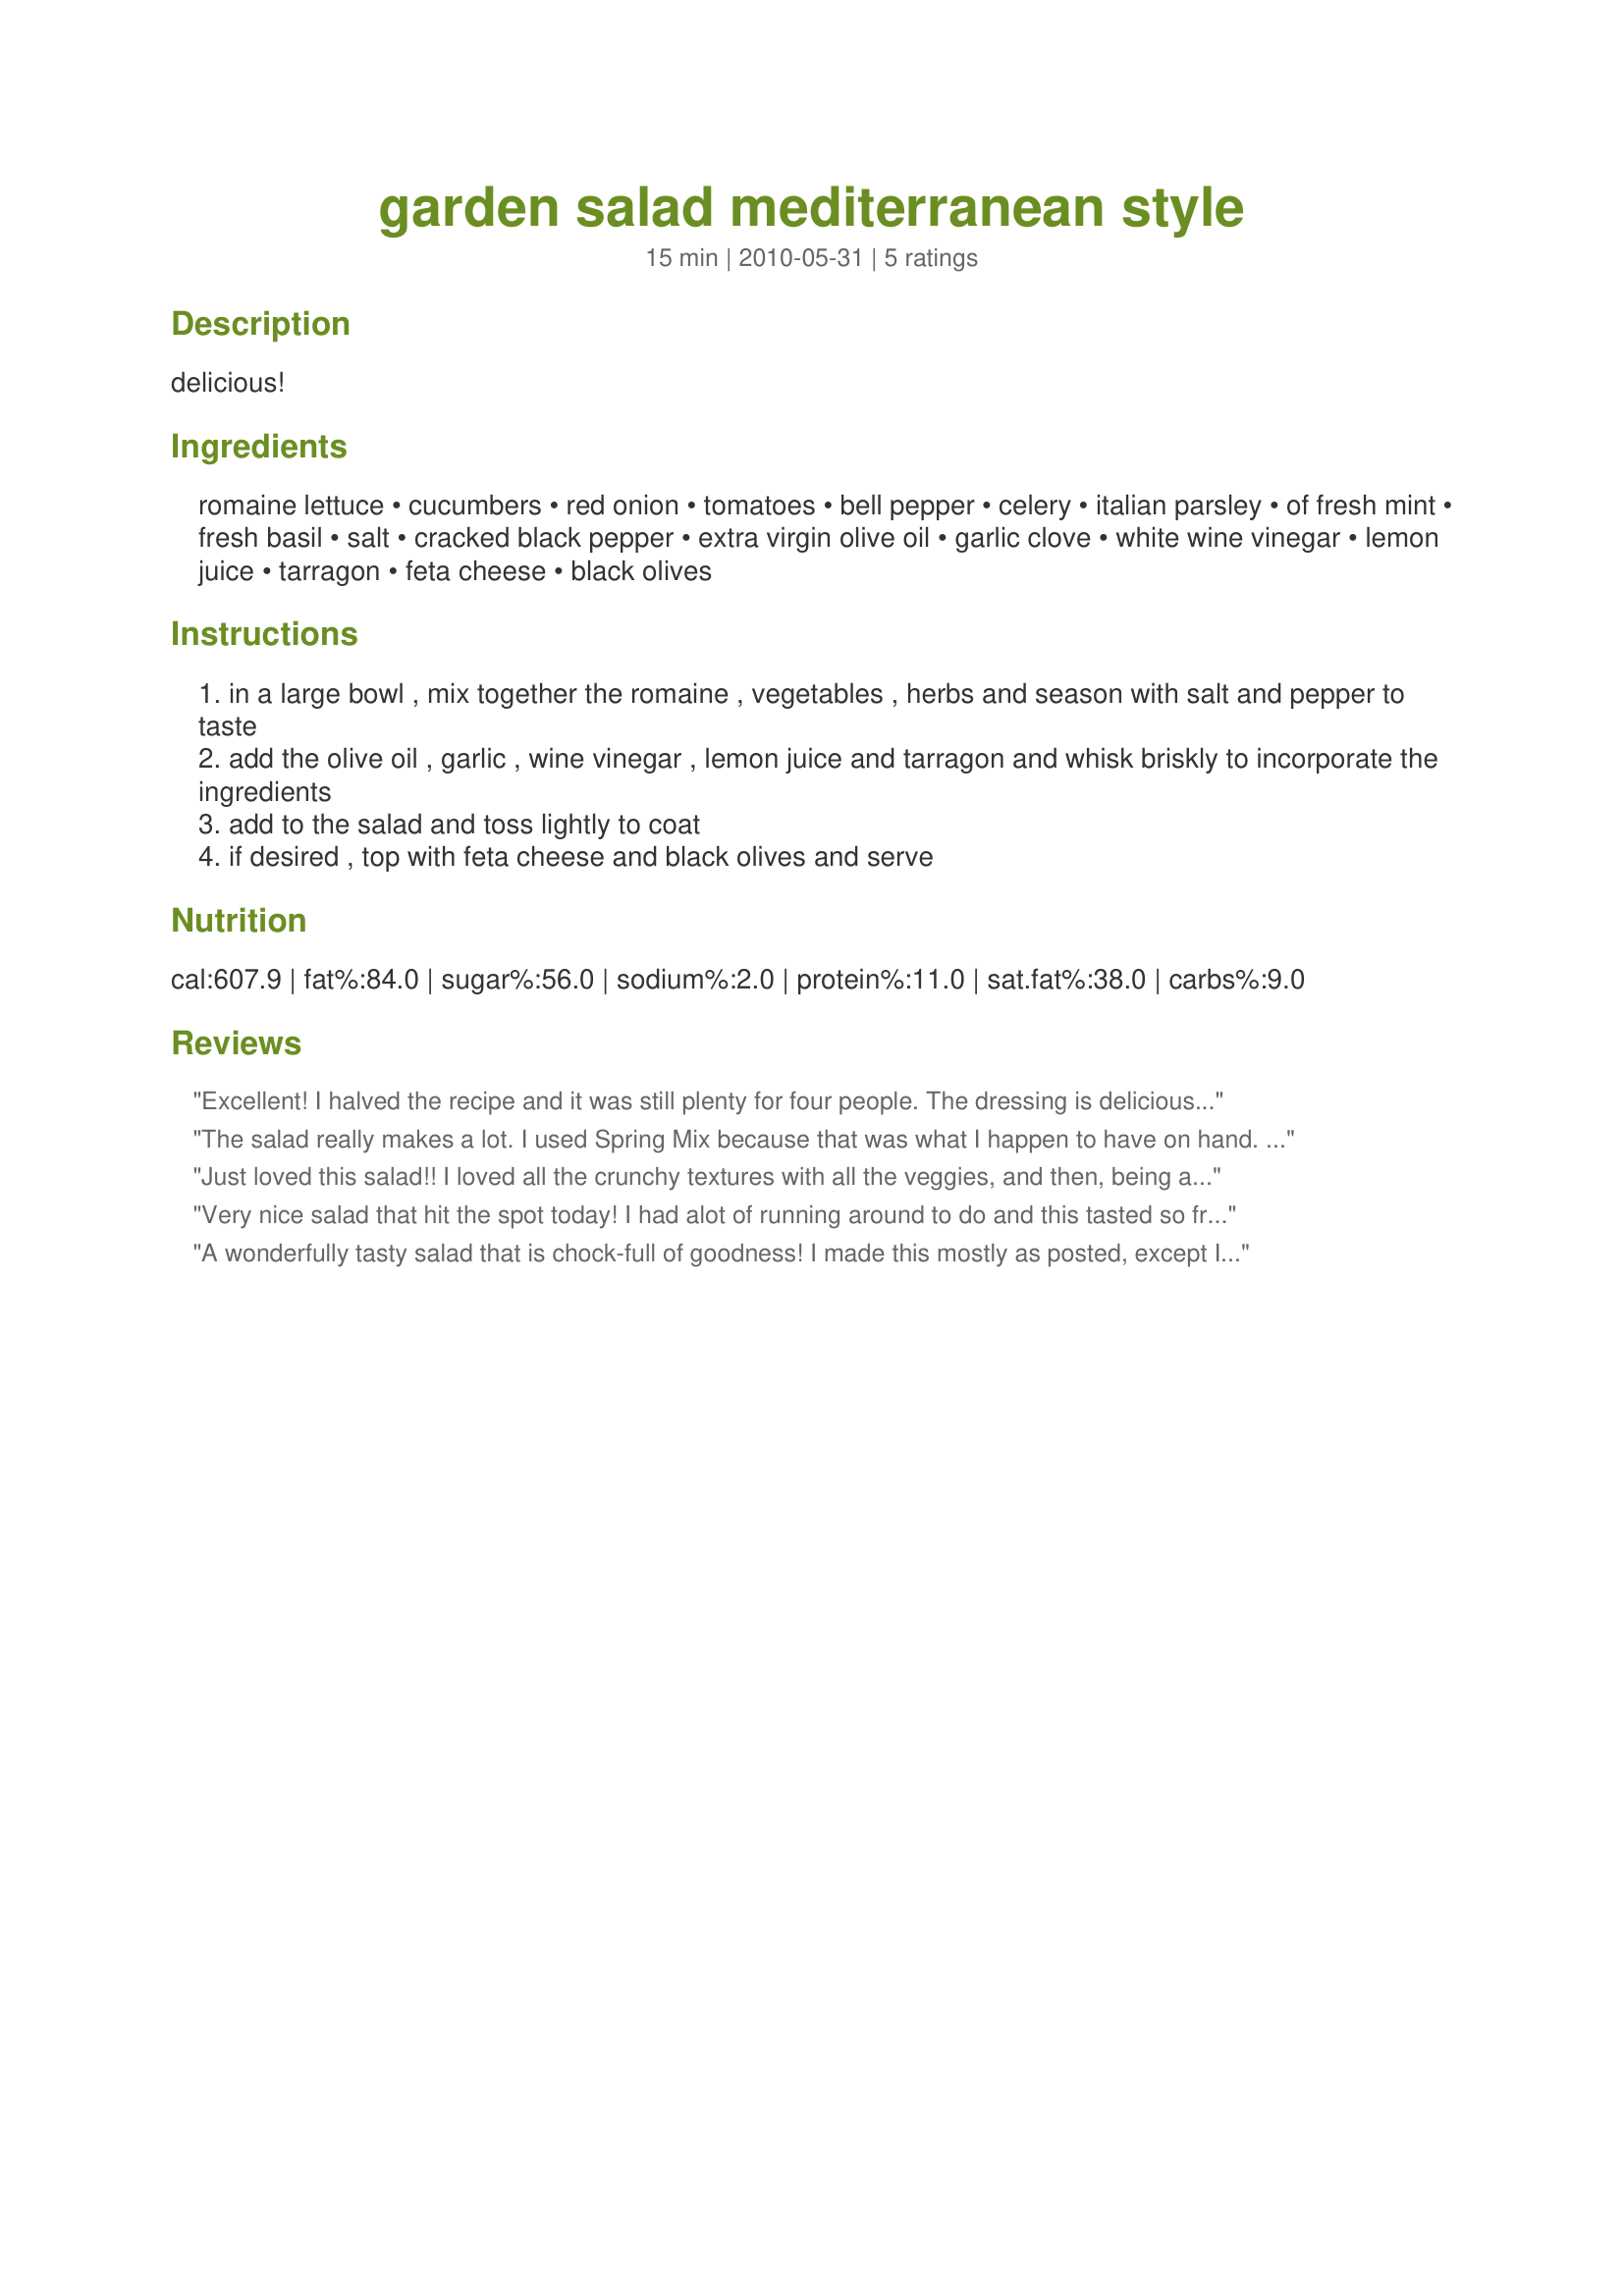
garden salad mediterranean style
Preparation time: 15 minutes

delicious!

Ingredients:
romaine lettuce, cucumbers, red onion, tomatoes, bell pepper, celery, italian parsley, of fresh mint, fresh basil, salt, cracked black pepper, extra virgin olive oil, garlic clove, white wine vinegar, lemon juice, tarragon, feta cheese, black olives

Steps:
in a large bowl , mix together the romaine , vegetables , herbs and season with salt and pepper to taste
add the olive oil , garlic , wine vinegar , lemon juice and tarragon and whisk briskly to incorporate the ingredients
add to the salad and toss lightly to coat
if desired , top with feta cheese and black olives and serve

Reviews:
Excellent! I halved the recipe and it was still plenty for four people. The dressing is delicious and simple. We really enjoyed the combination of veggies with the dressing and the fact that it contained so much veggie goodness. Thanks! Made for ZWT9 by Soup-A-Stars
The salad really makes a lot. I used Spring Mix because that was what I happen to have on hand. The cucumber (of which I used 1 small), tomato and red onion were fresh from the garden. The herbs came fresh from my herb garden and the lemon juice was fresh squeezed. Nothing can be such an assortment of fresh ingredients. Not having the celery it was left out. The dressing makes way more than I needed to dress the salad and I will be using it as a dressing for other salads. This was served along with Recipe #460368 and Recipe #503616. Made for ZWT9.
Just loved this salad!! I loved all the crunchy textures with all the veggies, and then, being a lemon lover, just loved the vinaigrette!! I cleaned and chopped up all my veggies and made the dressing in the morning. Then I put all the veggies out, along with the dressing, cheese &amp; olives (in separate bowls) and then everyone could pick and choose what was on/in their salads. We enjoyed this as a side to our spaghetti &amp; meatballs and garlic bread. Thanks so much for sharing the recipe. Made for ZWT 9.
Very nice salad that hit the spot today! I had alot of running around to do and this tasted so fresh! Thanks! Made by a Looney Spoon Phoodie for ZWT#6.
A wonderfully tasty salad that is chock-full of goodness! I made this mostly as posted, except I used regular cucumber and white balsamic vinegar. I opted to include feta cheese and kalamata olives. I used a green pepper, which another color might have been more striking, but it all tastes pretty much the same. This was a great salad to begin our light summer meal with. Made by a Tasty Tester for ZWT9.
